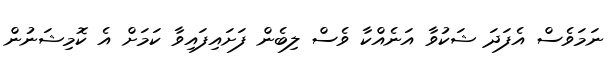
ނަމަވެސް އެފަދަ ޝަކުވާ އަނެއްކާ ވެސް ލިބެން ފަށައިފައިވާ ކަމަށް އެ ކޮމިޝަނުން